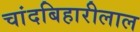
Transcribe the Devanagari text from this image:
चांदबिहारीलाल